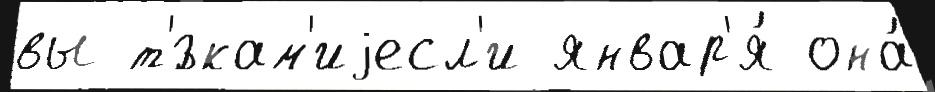
вы т'́зкам'иjесл'и январ'я́ она́